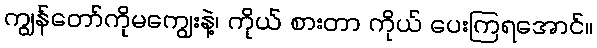
ကျွန်တော်ကိုမကျွေးနဲ့၊ ကိုယ် စားတာ ကိုယ် ပေးကြရအောင်။